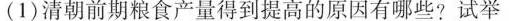
(1)清朝前期粮食产量得到提高的原因有哪些?试举